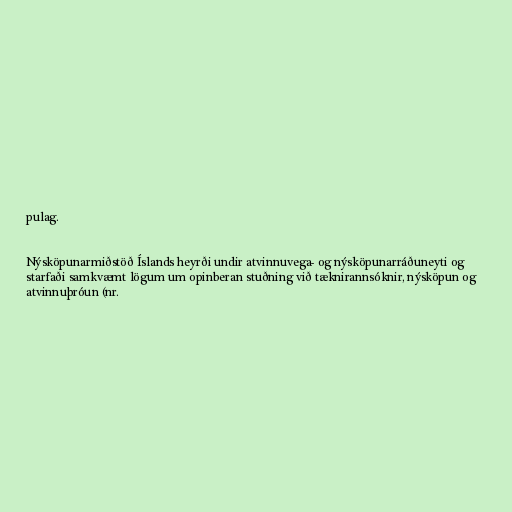
pulag.

Nýsköpunarmiðstöð Íslands heyrði undir atvinnuvega- og nýsköpunarráðuneyti og
starfaði samkvæmt lögum um opinberan stuðning við tæknirannsóknir, nýsköpun og
atvinnuþróun (nr.